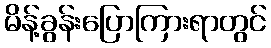
မိန့်ခွန်းပြောကြားရာတွင်